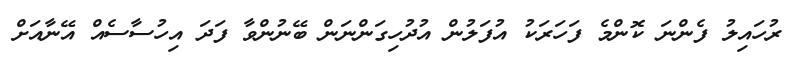
ރުހައިލު ފެންނަ ކޮންމެ ފަހަރަކު އުފަލުން އުދުހިގަންނަން ބޭނުންވާ ފަދަ އިހުސާސެއް އޭނާއަށް